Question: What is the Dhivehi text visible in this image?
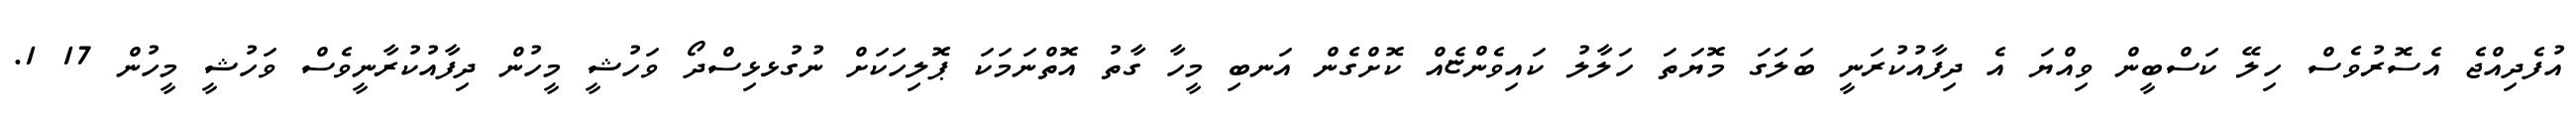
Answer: އުފެދިއްޖެ އެސޮރުވެސް ހިލޭ ކަސްބީން ވިއްޔަ އެ ދިފާއުކުރަނީ ބަލަގަ މޮޔަތަ ހަލާލު ކައިވެންޏެއް ކޮށްގެން އަނބި މީހާ ގާތު އޮތްނަމަކަ ޕޮލިހަކަށް ނުގުޅޅިސްދޯ ވަހުޝީ މީހުން ދިފާއުކުރާނީވެސް ވަހުޝީ މީހުން 17 1.